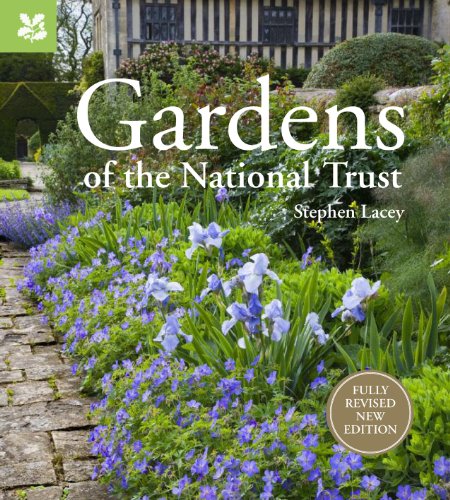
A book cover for Gardens of the National Trust; Stephen Lacey; Crafts, Hobbies & Home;